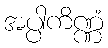
အပ္ပါကိဏ္ဏံ